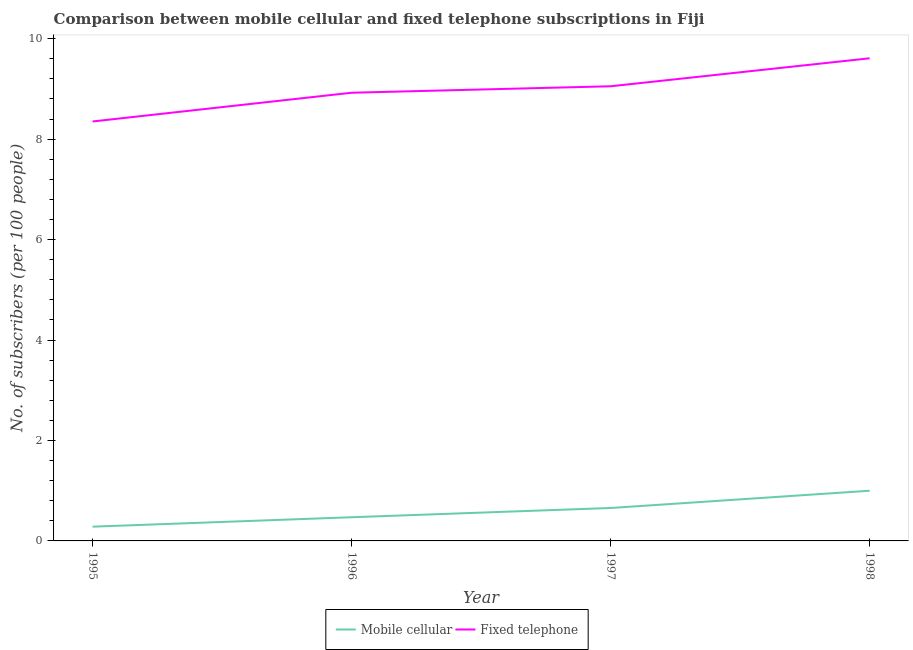
| Year | Mobile cellular | Fixed telephone |
 | --- | --- | --- |
 | 1995 | 0.284 | 8.35 |
 | 1996 | 0.472 | 8.92 |
 | 1997 | 0.656 | 9.05 |
 | 1998 | 0.999 | 9.61 |